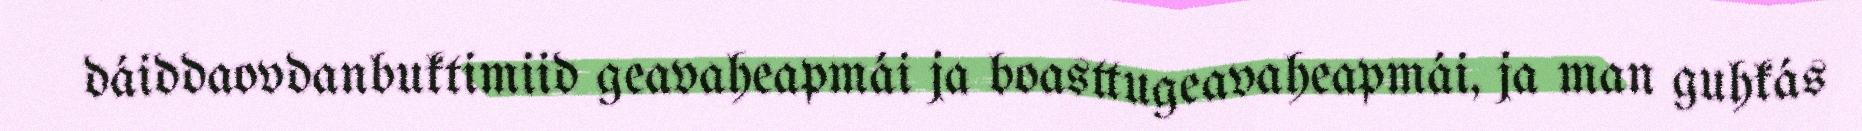
dáiddaovdanbuktimiid geavaheapmái ja boasttugeavaheapmái, ja man guhkás